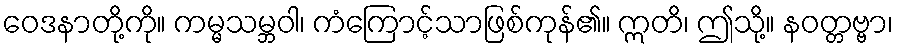
ဝေဒနာတို့ကို။ ကမ္မသမ္ဘဝါ၊ ကံကြောင့်သာဖြစ်ကုန်၏။ ဣတိ၊ ဤသို့။ နဝတ္တဗ္ဗာ၊